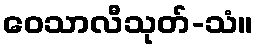
ဝေသာလီသုတ်-သံ။